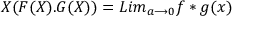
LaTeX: { \cal X } ( F ( X ) . G ( X ) ) = L i m _ { a { \longrightarrow } 0 } f * g ( x )